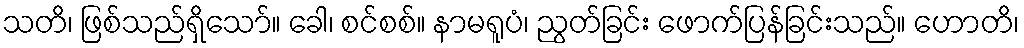
သတိ၊ ဖြစ်သည်ရှိသော်။ ခေါ၊ စင်စစ်။ နာမရူပံ၊ ညွတ်ခြင်း ဖောက်ပြန်ခြင်းသည်။ ဟောတိ၊